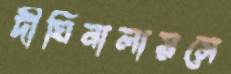
দীঘিনালায়সে